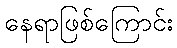
နေရာဖြစ်ကြောင်း